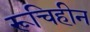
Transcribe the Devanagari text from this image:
रूचिहीन